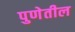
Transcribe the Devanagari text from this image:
पुणेतील